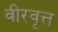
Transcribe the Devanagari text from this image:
वीरवृत्त